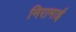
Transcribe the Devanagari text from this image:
निरामाई